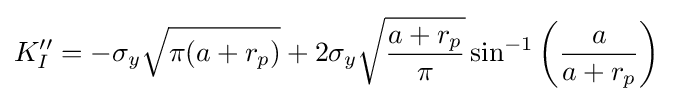
K''_{I}=-\sigma _{y}{\sqrt {\pi (a+r_{p})}}+2\sigma _{y}{\sqrt {\frac {a+r_{p}}{\pi }}}\sin ^{-1}\left({\frac {a}{a+r_{p}}}\right)